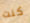
كنت